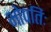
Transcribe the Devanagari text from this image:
भोपतिः